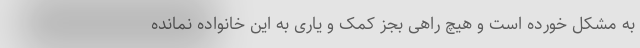
به مشکل خورده است و هیچ راهی بجز کمک و یاری به این خانواده نمانده